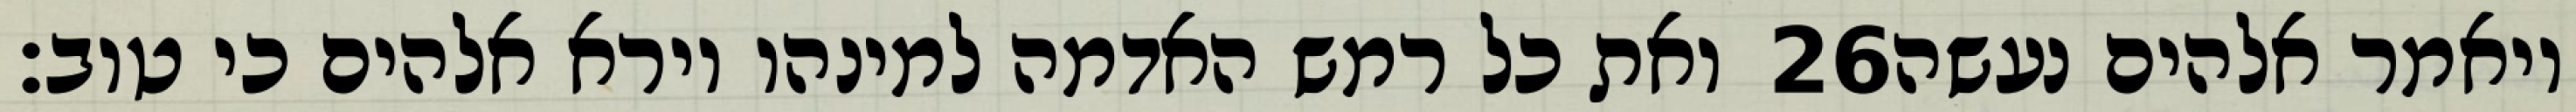
ואת כל רמש האדמה למינהו וירא אלהים כי טוב׃ ‎26‏ ויאמר אלהים נעשה